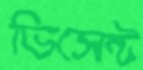
ভিসেন্ট